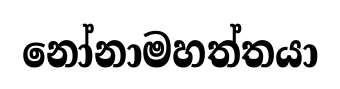
නෝනාමහත්තයා